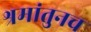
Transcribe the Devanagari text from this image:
श्रमांतुनच